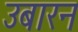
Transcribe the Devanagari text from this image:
उबारन